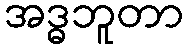
အဒ္ဓဘူတာ